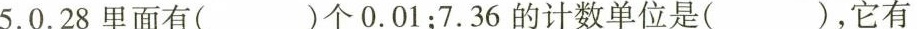
5.0.28里面有()个0.01；7.36的计数单位是( )，它有